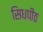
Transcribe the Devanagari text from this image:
सिधपीठ